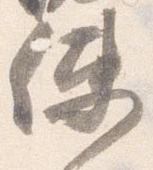
使